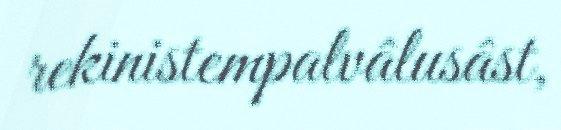
rekinistempalvâlusâst,